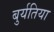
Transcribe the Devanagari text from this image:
बुर्यतिया